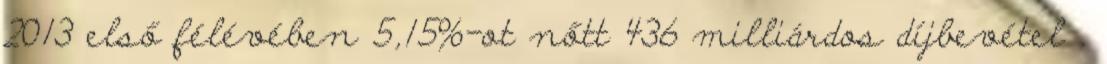
2013 első félévében 5,15%-ot nőtt 436 milliárdos díjbevétel .